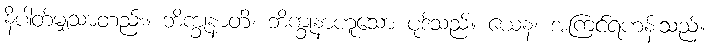
နိပါတ်မျှသာတည်း။ ဘိက္ခုနာတိ၊ ဘိက္ခုနာဟူသော ပုဒ်သည်။ ယေန၊ အကြင်ရဟန်းသည်။